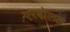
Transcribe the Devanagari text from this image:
एरबोलत